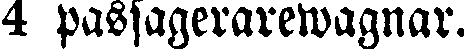
4 passagerarewagnar.